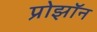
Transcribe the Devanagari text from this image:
प्रोझॉन